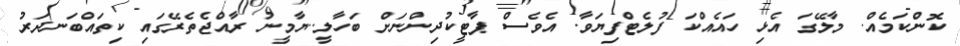
ކޮންކަމެއް. މާލޭގަ އެޅި ހައެއްކަ ފުލެޓްފިޔަވާ. އެވެސް ޕާޓީކުދިންނަށް ބަހާލީ..ޔާމީނު ރާއްޖެތެރޭގައި ކިތައްބަނދަރު